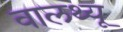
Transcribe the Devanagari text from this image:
वालथ्यू